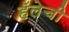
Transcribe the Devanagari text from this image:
हॅलेची